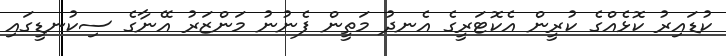
ކުޑައިރު ކޮޅެއްގެ ކުރީން އެކޮޓަރީގެ އެނދު މަތީން ފެނުނު މަންޒަރު އޭނާގެ ސިކުނޑީގައި